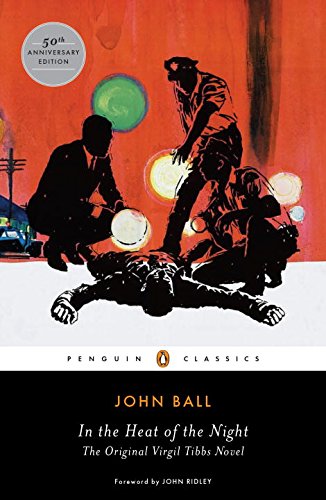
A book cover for In the Heat of the Night: The Original Virgil Tibbs Novel (Penguin Classics); John Ball; Mystery, Thriller & Suspense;